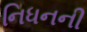
નિધનની